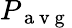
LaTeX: P_{\mathrm{~a~v~g~}}